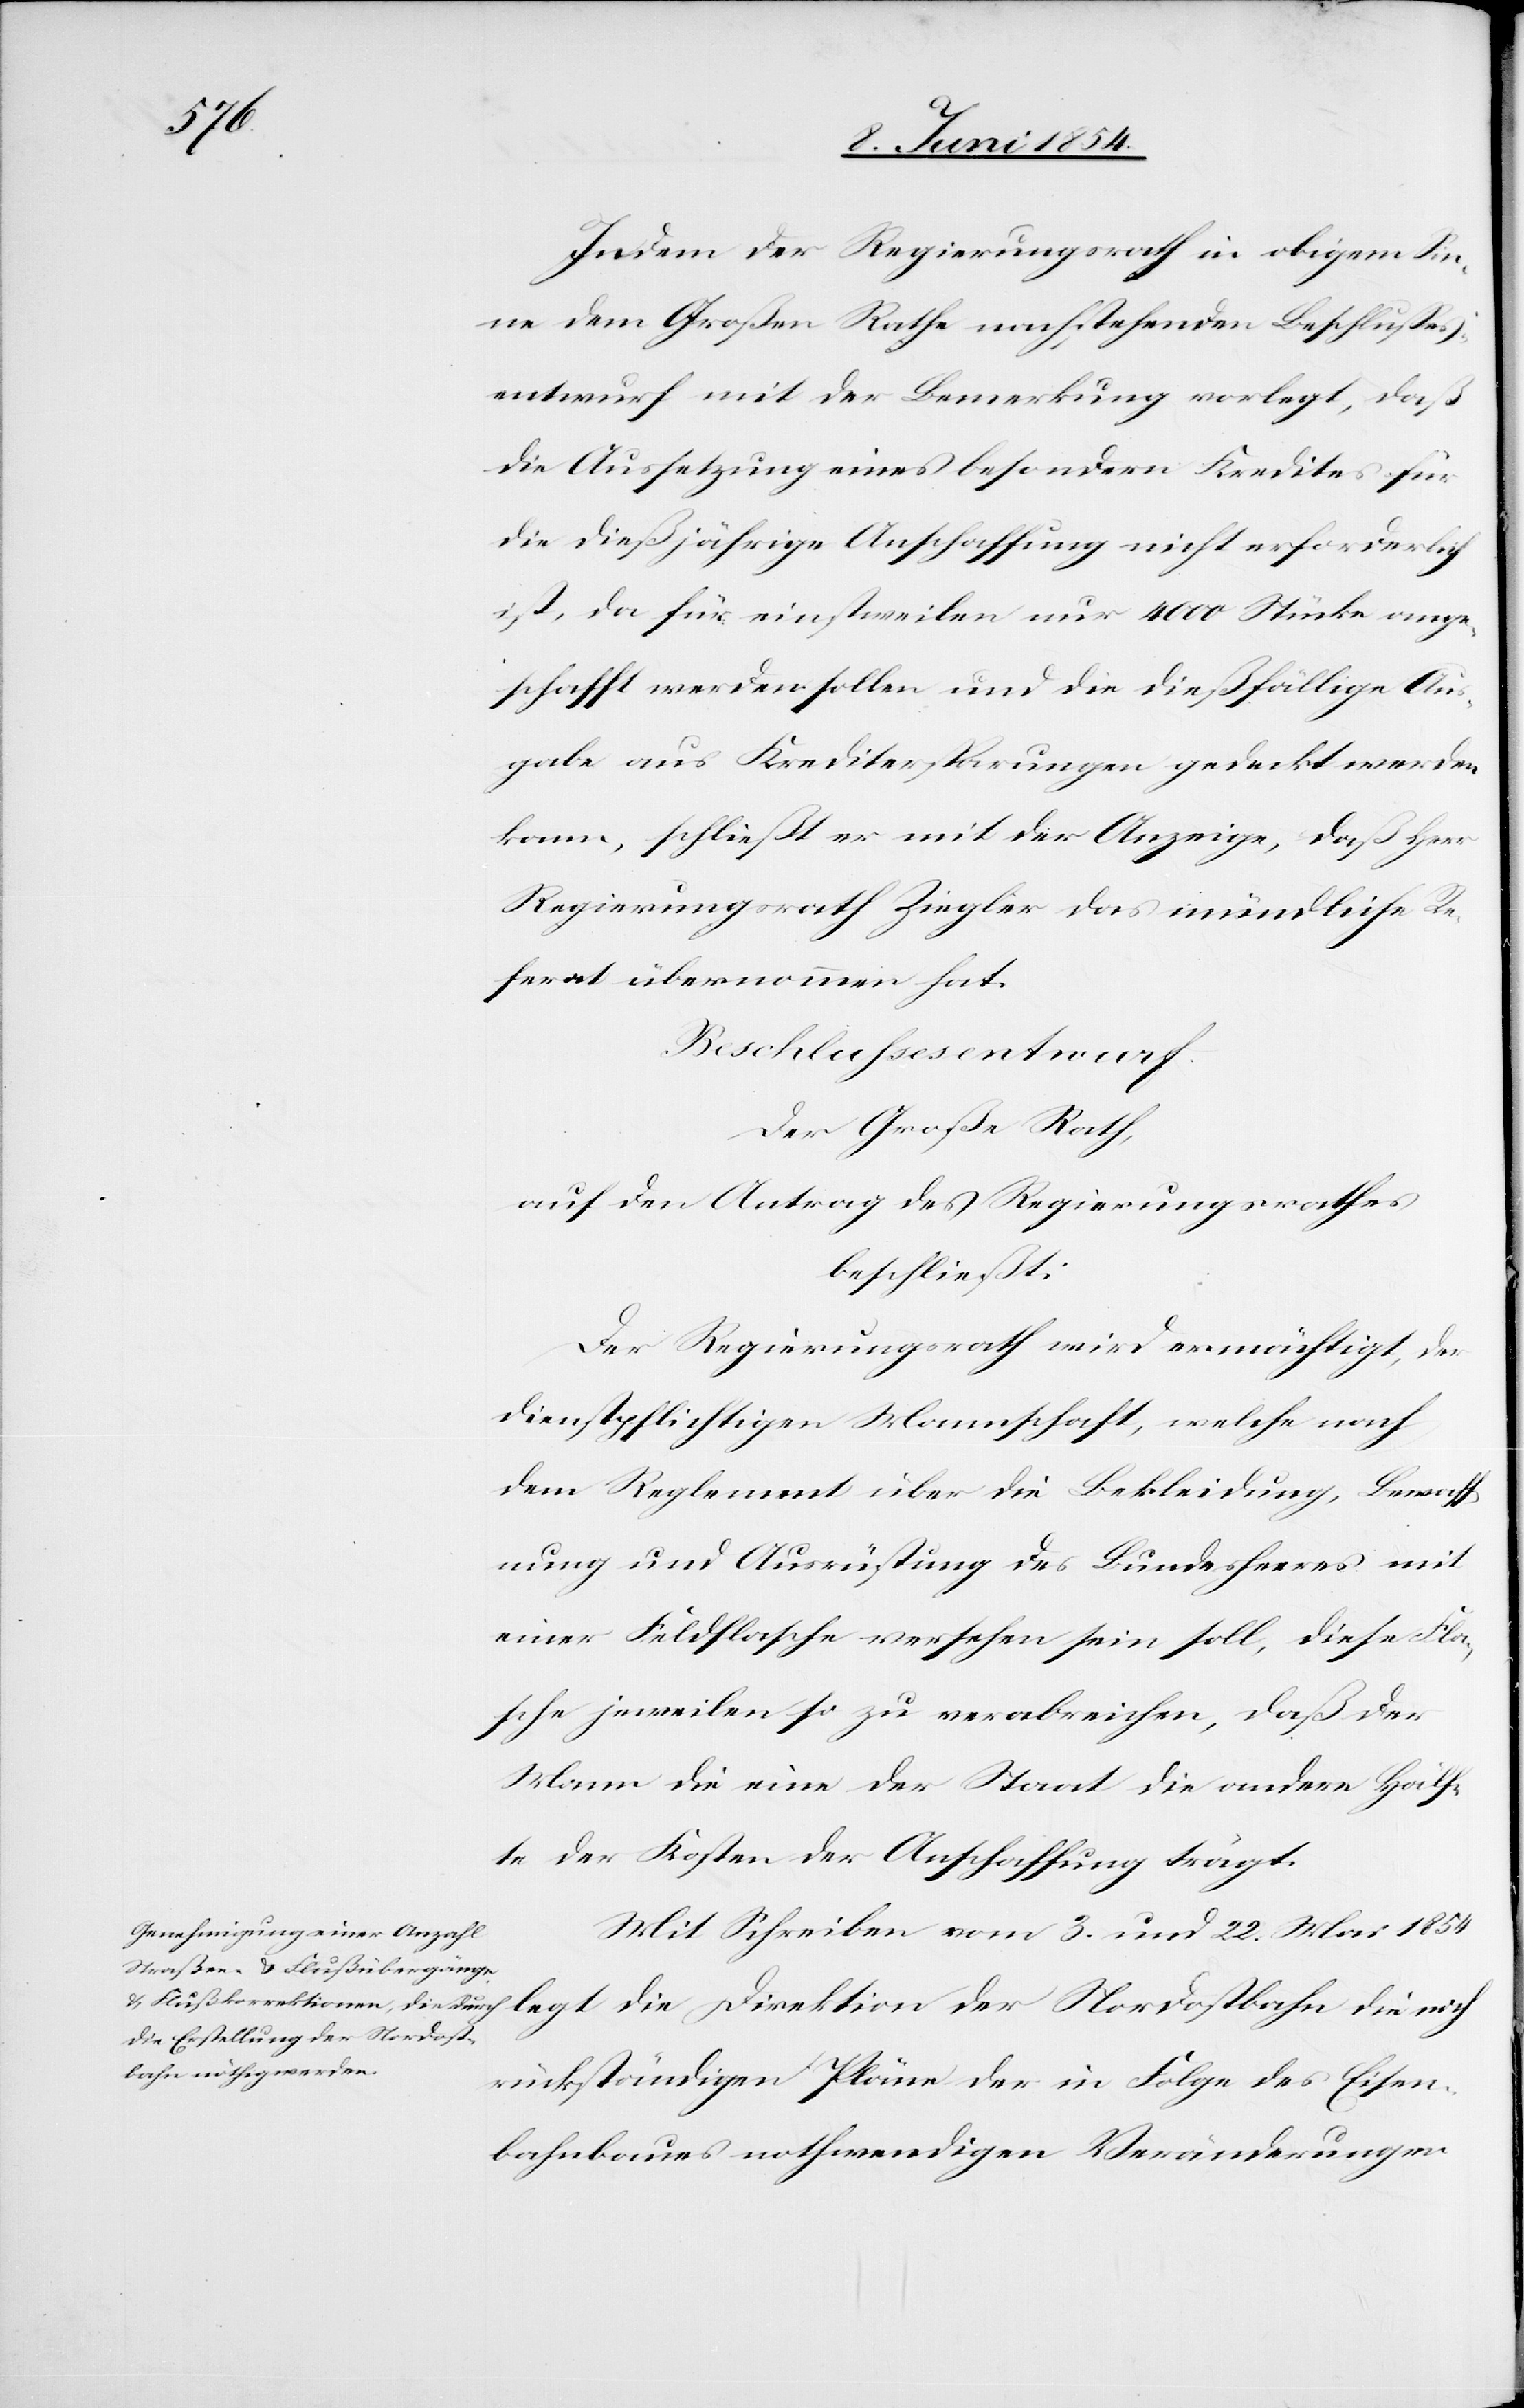
Indem der Regierungsrath in obigem Sin¬
ne dem Großen Rathe nachstehenden Beschlußes¬
entwurf mit der Bemerkung vorlegt, daß
die Aussetzung eines besondern Kredites für
die dießjährige Anschaffung nicht erforderlich
ist, da für einstweilen nur 4000 Stücke ange¬
schafft werden sollen und die dießfällige Aus¬
gabe aus Kreditersparungen gedeckt werden
kann, schließt er mit der Anzeige, daß Herr
Regierungsrath Ziegler das mündliche Re¬
ferat übernommen hat.
Beschlussesentwurf.
Der Große Rath,
auf den Antrag des Regierungsrathes
beschließt:
Der Regierungsrath wird ermächtigt, der
dienstpflichtigen Mannschaft, welche nach
dem Reglement über die Bekleidung, Bewaff¬
nung und Ausrüstung des Bundesheeres mit
einer Feldflasche versehen sein soll, diese Fla¬
sche jeweilen so zu verabreichen, daß der
Mann die eine der Staat die andere Hälf¬
te der Kosten der Anschaffung trägt.
Mit Schreiben vom 3. und 22. Mai 1854
legt die Direktion
rückständigen Pläne der in Folge des Eisen¬
bahnbaues nothwendigen Veränderungen